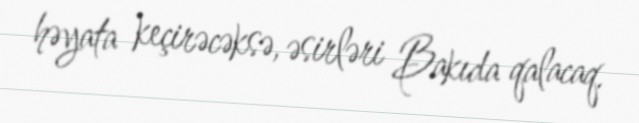
həyata keçirəcəksə, əsirləri Bakıda qalacaq.